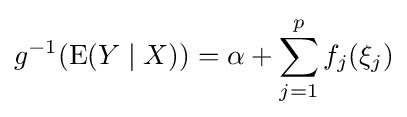
g^{-1}(\operatorname {E} (Y\mid X))=\alpha +\sum _{j=1}^{p}f_{j}(\xi _{j})